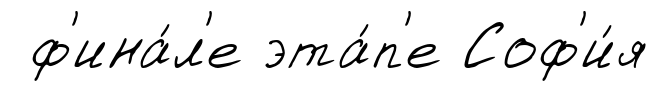
ф'ина́л'е эта́п'е Соф'и́я